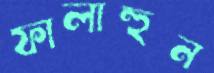
ফালাহুন